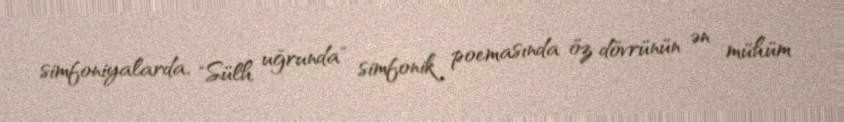
simfoniyalarda, "Sülh uğrunda" simfonik poemasında öz dövrünün ən mühüm